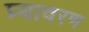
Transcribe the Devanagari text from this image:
प्र्यावरण